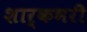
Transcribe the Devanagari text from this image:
शार्कभरी